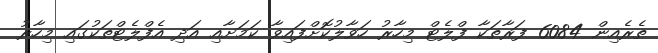
ތެރެއިން 6084 ފަރާތަކާ ފްލެޓް މިހާރު ހަވާލުކޮށްފައިވާ ކަމަށާއި އަދި އެފްލެޓްތަކުގައި މިހާރު